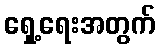
ရှေ့ရေးအတွက်